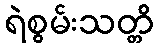
ရဲစွမ်းသတ္တိ